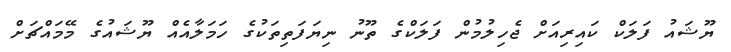
ޔޫޝައު ފަލަކް ކައިރިއަށް ޖެހިލުމުން ފަލަކްގެ ތޫނު ނިޔަފަތިތަކުގެ ހަމަލާއެއް ޔޫޝައުގެ މޭމައްޗަށް